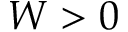
W > 0